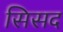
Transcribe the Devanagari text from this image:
सिसद